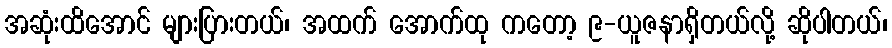
အဆုံးထိအောင် များပြားတယ်၊ အထက် အောက်ထု ကတော့ ၉-ယူဇနာရှိတယ်လို့ ဆိုပါတယ်၊